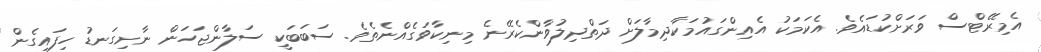
އެމިރޭޓްސް ވަރަށްކުޑައެވެ. އެކަމަކު އެއިންގައުމަކާދިމާލަށް ދަތްދިލުވާންކެރޭނެ މިނިކާވަގެއްނެތެވެ. ސަބަބަކީ ސަލާންޖަހަން ނާށިގަނޑު ހިފައިގެން